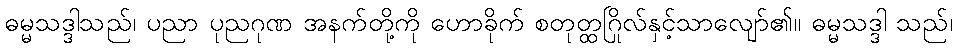
ဓမ္မသဒ္ဒါသည်၊ ပညာ ပုညဂုဏ အနက်တို့ကို ဟောခိုက် စတုတ္ထဂြိုလ်နှင့်သာလျော်၏။ ဓမ္မသဒ္ဒါ သည်၊